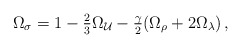
\begin{align*}\Omega_\sigma = 1-\textstyle{2\over3}\Omega_{\cal U}-\textstyle{\gamma\over2}(\Omega_\rho+2\Omega_\lambda) \,,\end{align*}